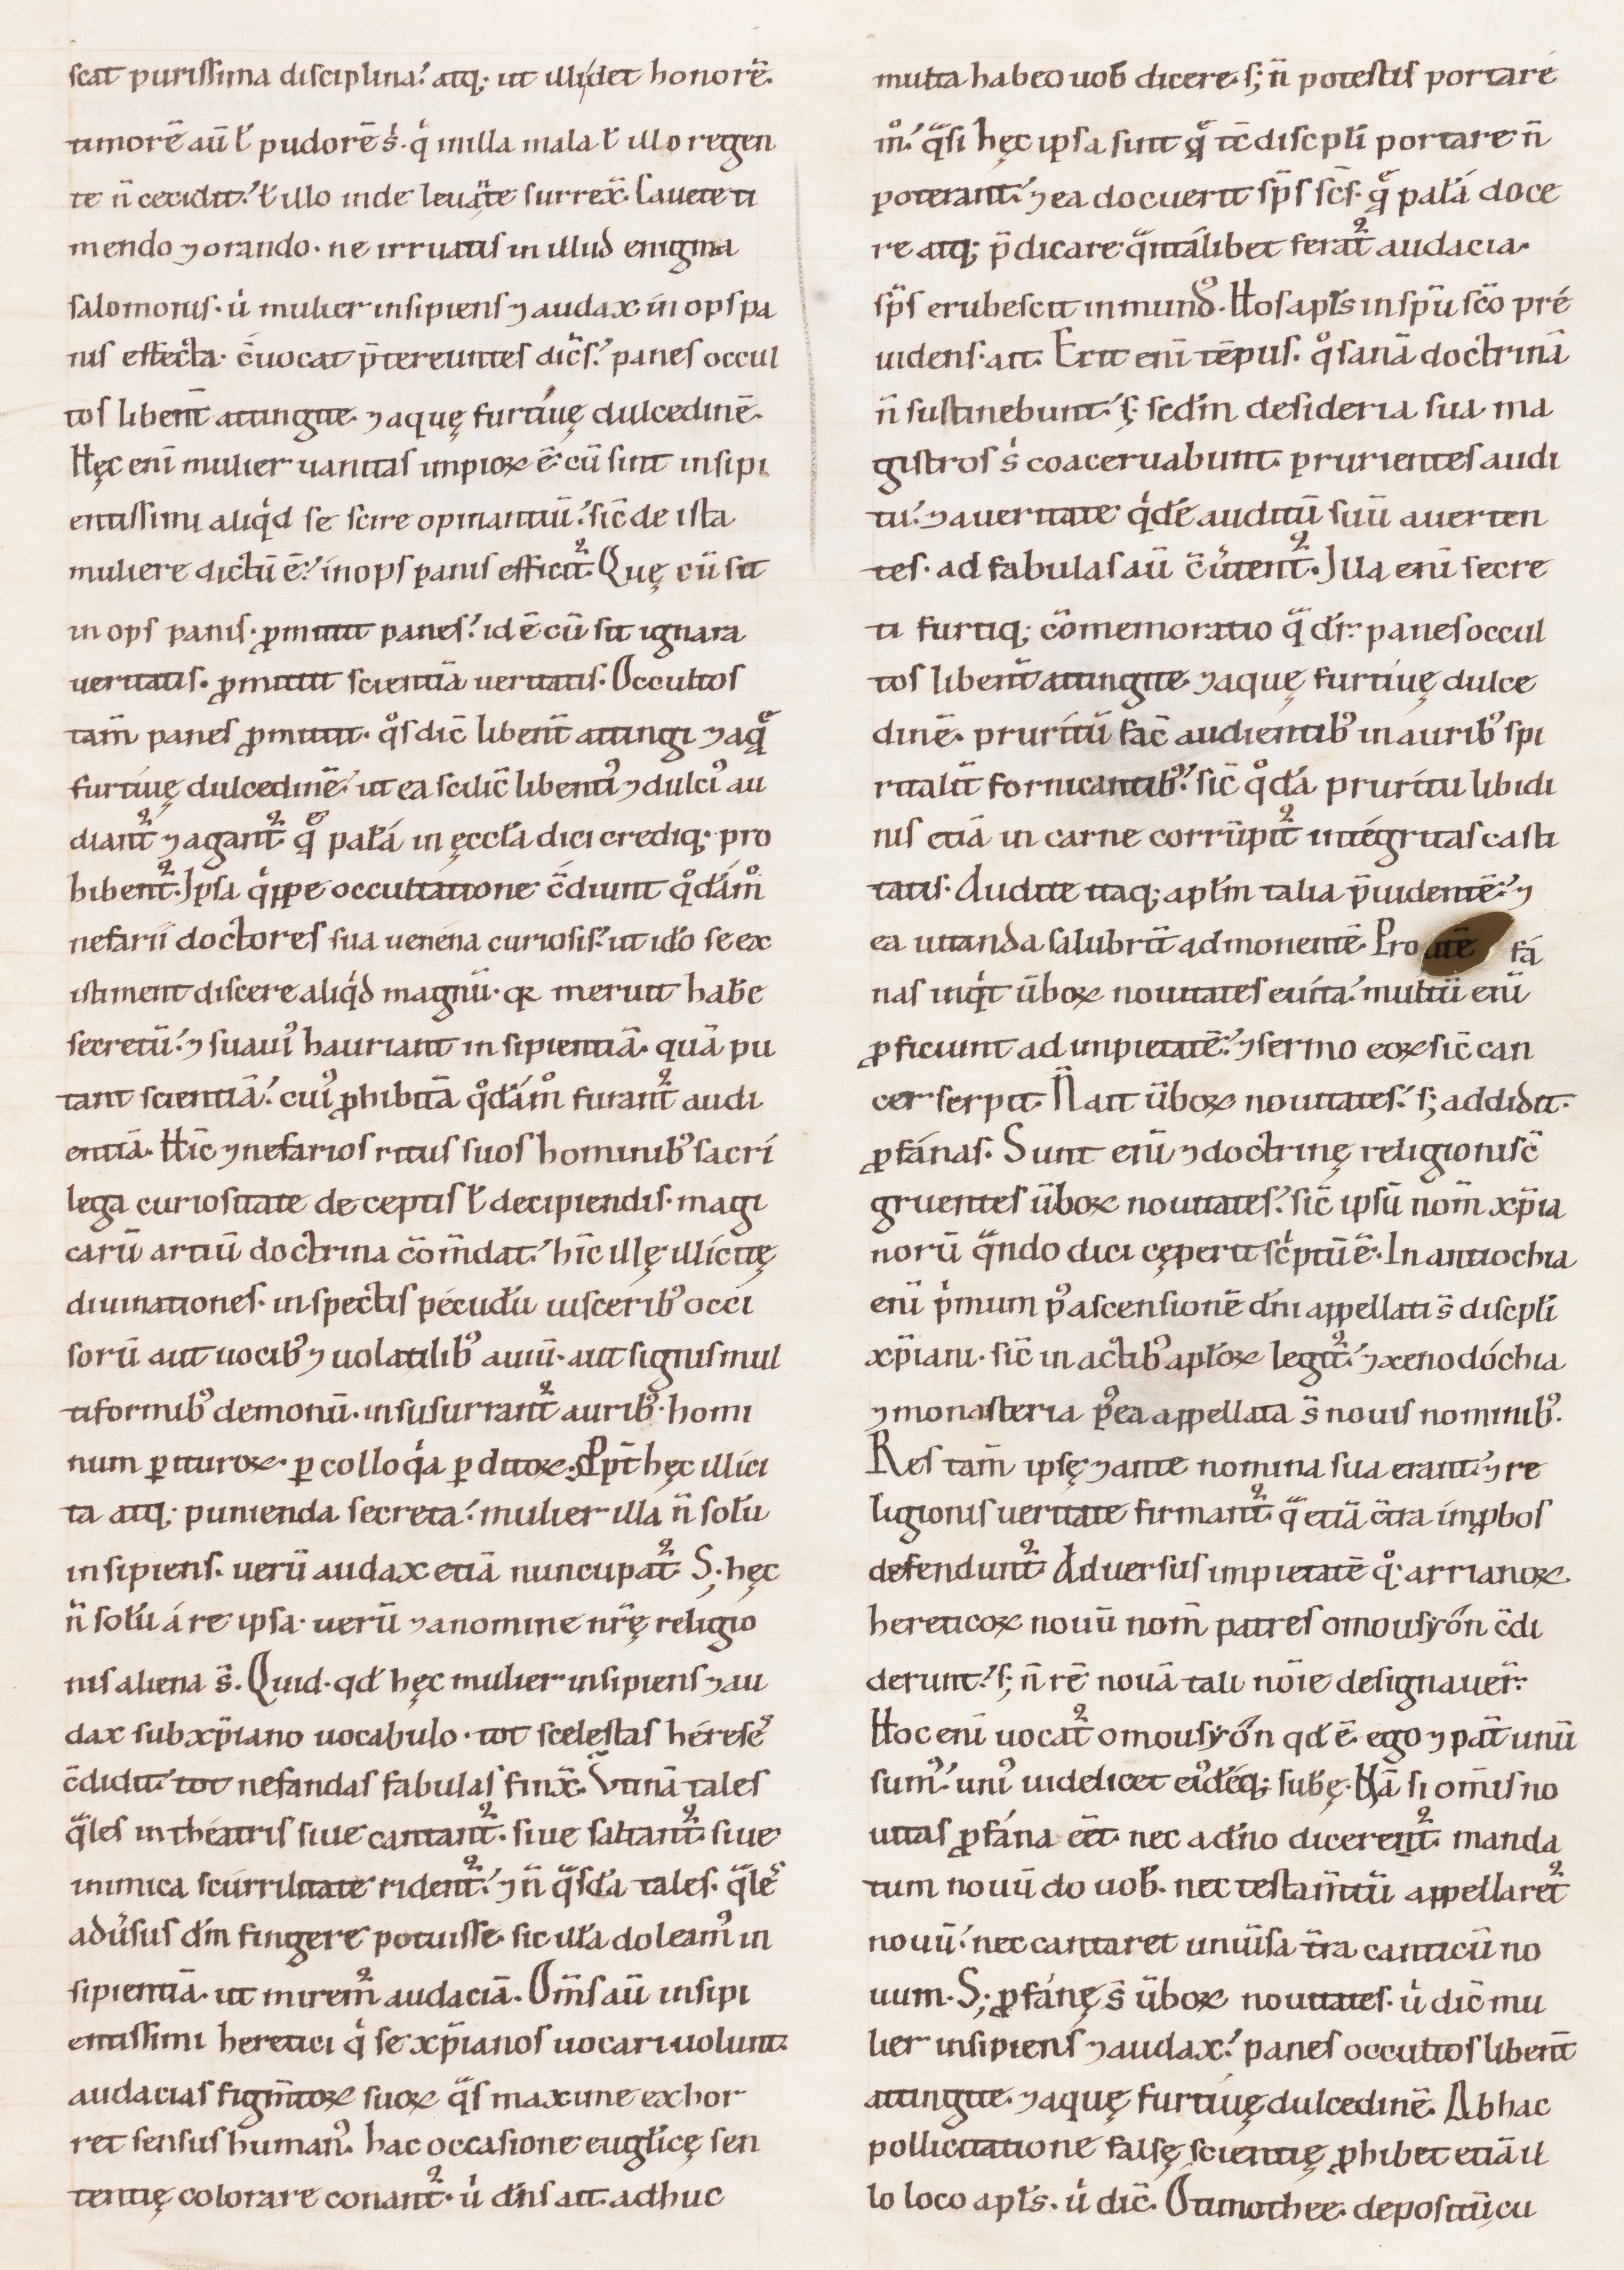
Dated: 1100–1199